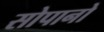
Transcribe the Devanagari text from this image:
सोपानो